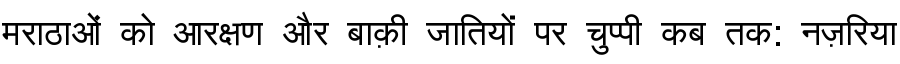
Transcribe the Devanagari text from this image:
मराठाओं को आरक्षण और बाक़ी जातियों पर चुप्पी कब तक: नज़रिया